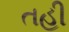
તહી